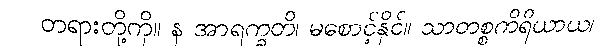
တရားတို့ကို။ န အာရက္ခတိ၊ မစောင့်နိုင်။ သာတစ္စကိရိယာယ၊